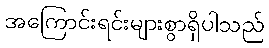
အကြောင်းရင်းများစွာရှိပါသည်